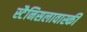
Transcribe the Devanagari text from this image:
स्टैनिसलावास्की